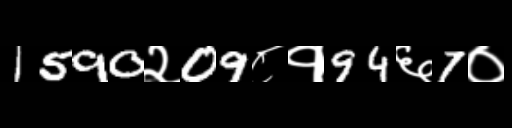
Text: 1590२09८१94६7०